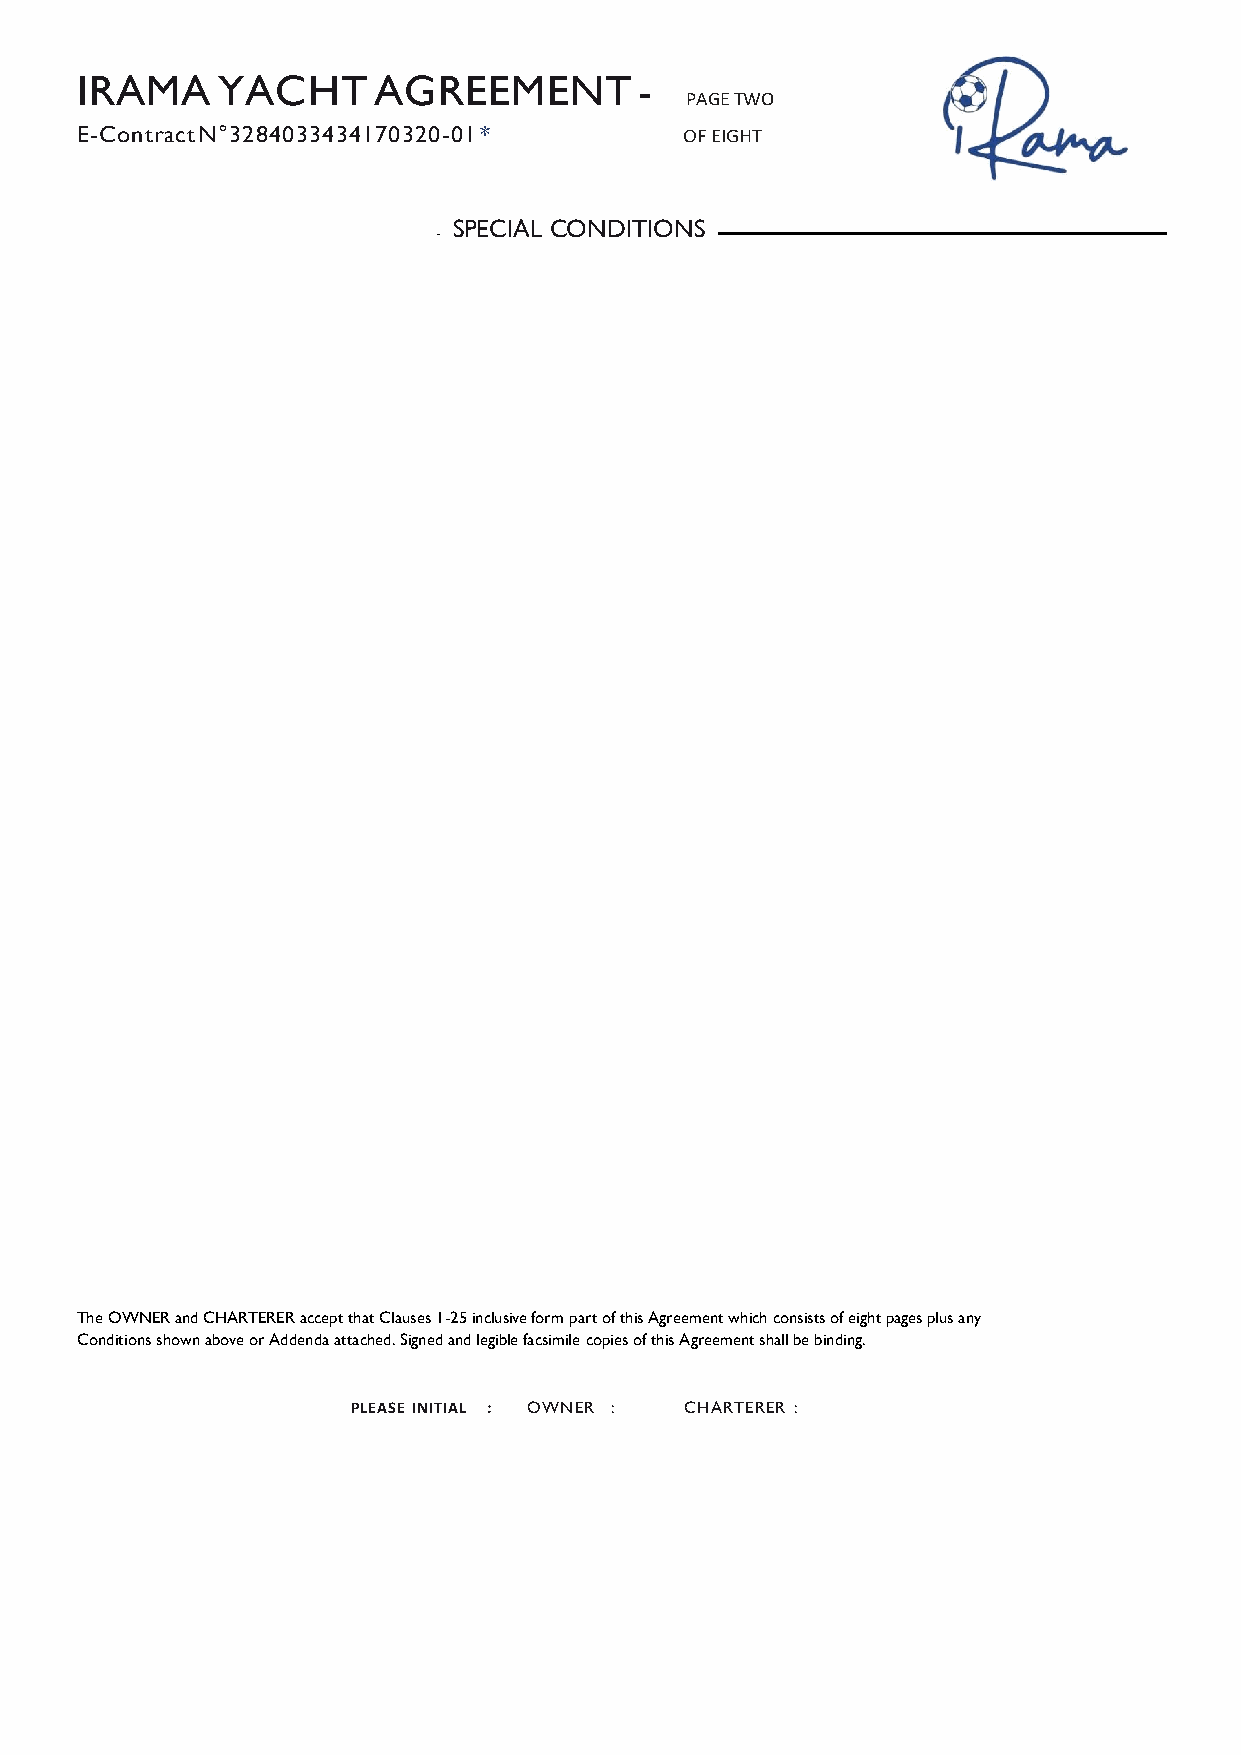
IRAMA    YACHT      AGREEMENT        -
 PAGE TWO
 E-Contract N°3284033434170320-01 *      OF EIGHT
 SPECIAL CONDITIONS
 The OWNER and CHARTERER accept that Clauses 1-25 inclusive form part of this Agreement which consists of eight pages plus any
 Conditions shown above or Addenda attached. Signed and legible facsimile copies of this Agreement shall be binding.
 PLEASE INITIAL : OWNER : CHARTERER :